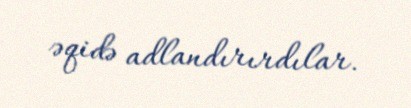
əqidə adlandırırdılar.